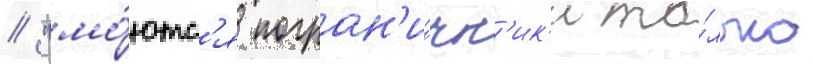
/ "мо́ютс'я погран'и́чн'ик'и то́лько